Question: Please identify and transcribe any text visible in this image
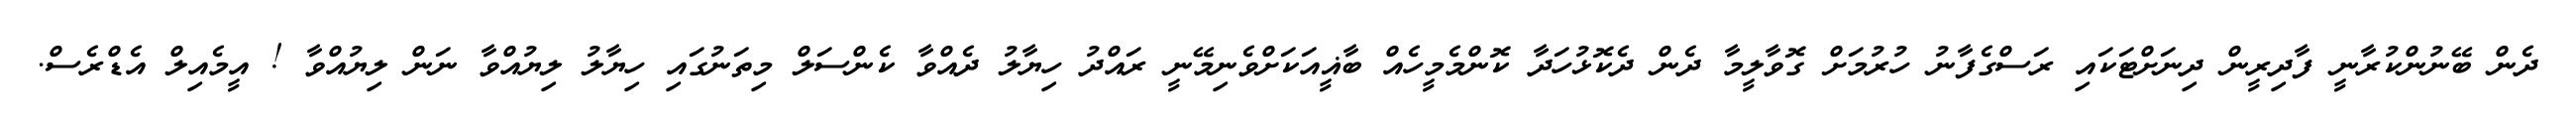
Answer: ދެން ބޭނުންކުރާނީ ފާދިރީން ދިނަށްޓަކައި ރަސްގެފާނު ހުރުމަށް ގޮވާލީމާ ދެން ދެކޮޅުހަދާ ކޮންމެމީހެއް ބާޣީއަކަށްވެނިމޭނީ ރައްދު ހިޔާލު ދެއްވާ ކެންސަލް މިތަނުގައި ހިޔާލު ލިޔުއްވާ ނަން ލިޔުއްވާ ! އީމެއިލް އެޑްރެސް.